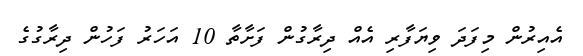
އެއިރުން މިފަދަ ވިޔަފާރި އެއް ދިރާގުން ފަށާތާ 10 އަހަރު ފަހުން ދިރާގުގެ